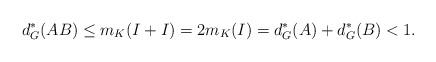
LaTeX: \begin{align*}d^*_G(AB) \leq m_K(I+I) = 2 m_K(I) = d^*_G(A) + d^*_G(B) < 1.\end{align*}